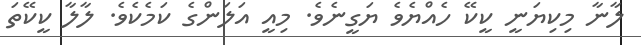
ލާނާ މިކިޔަނީ ކީކޭ ހެއްޔެވެ ޔަގީނެވެ. މިއީ އަލަންގެ ކަމެކެވެ. ލާލާ ކީކޭތަ